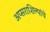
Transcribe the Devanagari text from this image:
अप्सराशिल्पांचे